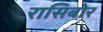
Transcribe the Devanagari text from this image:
रासिबोर